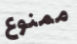
ممنوع